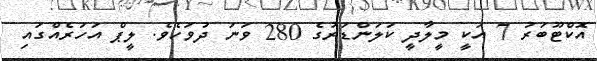
އޮކްޓޫބަރު 7 އަކީ މީލާދީ ކަލަންޑަރުގެ 280 ވަނަ ދުވަހެވެ. ލީޕް އަހަރެއްގައި